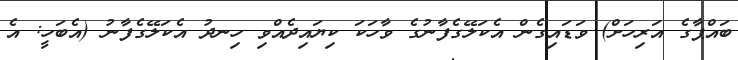
ބައްޕާގެ އަރިހަށް) ވަޑައިގެން އެކަލޭގެފާނުގެ ވާހަކަ ކިޔައިދެއްވި ހިނދު އެކަލޭގެފާނު (އެބަހީ: އެ